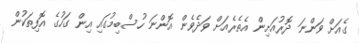
ގެއަށް ވަންނަ ދޮރުއަށިން އެތެރެއަށް ވަދެވެން އޮންނަ ހުސްބިމުގައި އިން ގަހުގެ އޮފިތަކުން